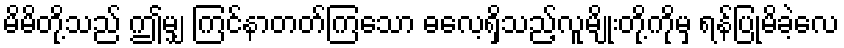
မိမိတို့သည် ဤမျှ ကြင်နာတတ်ကြသော ဓလေ့ရှိသည့်လူမျိုးတို့ကိုမှ ရန်ပြုမိခဲ့လေ